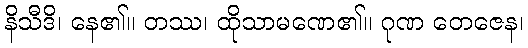
နိသီဒိ၊ နေ၏။ တဿ၊ ထိုသာမဏေ၏။ ဂုဏ တေဇေန၊